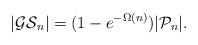
LaTeX: \begin{align*} |\mathcal{GS}_n| = (1 - e^{-\Omega(n)})|\mathcal{P}_n|.\end{align*}